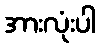
အားလုံးပါ